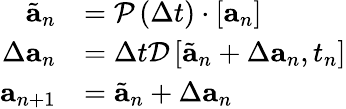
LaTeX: \begin{array}{r}{\begin{array}{rl}{\tilde{\mathbf{a}}_{n}}&{=\mathcal{P}\left(\Delta t\right)\cdot\left[\mathbf{a}_{n}\right]}\\ {\Delta\mathbf{a}_{n}}&{=\Delta t\mathcal{D}\left[\tilde{\mathbf{a}}_{n}+\Delta\mathbf{a}_{n},t_{n}\right]}\\ {\mathbf{a}_{n+1}}&{=\tilde{\mathbf{a}}_{n}+\Delta\mathbf{a}_{n}}\end{array}}\end{array}